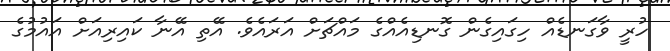
ހުރީ ވާގަނޑެއް ހިގައިގެން ގޮނޑިއެއްގެ މައްޗަށް އަރައެވެ. އޭތި އޭނާ ކައިރިއަށް އައުމުގެ